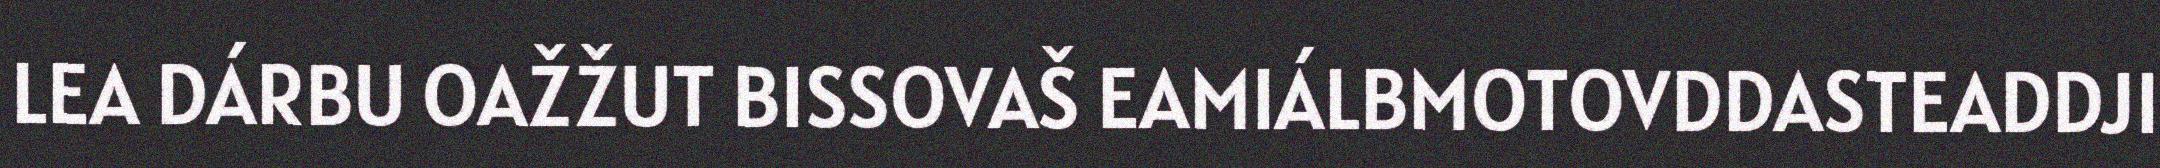
LEA DÁRBU OAŽŽUT BISSOVAŠ EAMIÁLBMOTOVDDASTEADDJI